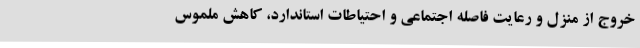
خروج از منزل و رعایت فاصله اجتماعی و احتیاطات استاندارد، کاهش ملموس